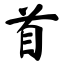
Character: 首